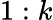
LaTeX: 1:k